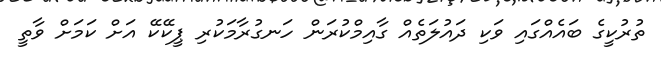
ތުރުކީގެ ބައެއްގައި ވަކި ދައުލަތެއް ގާއިމްކުރަން ހަނގުރާމަކުރި ޕީކޭކޭ އަށް ކަމަށް ވާތީ